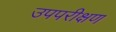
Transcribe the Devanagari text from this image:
उपपरीक्षण